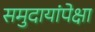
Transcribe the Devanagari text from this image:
समुदायांपेक्षा